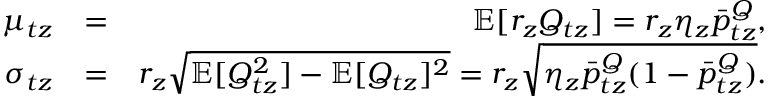
\begin{array} { r l r } { \mu _ { t z } } & { = } & { \mathbb { E } [ r _ { z } Q _ { t z } ] = r _ { z } \eta _ { z } \bar { p } _ { t z } ^ { Q } , } \\ { \sigma _ { t z } } & { = } & { r _ { z } \sqrt { \mathbb { E } [ Q _ { t z } ^ { 2 } ] - \mathbb { E } [ Q _ { t z } ] ^ { 2 } } = r _ { z } \sqrt { \eta _ { z } \bar { p } _ { t z } ^ { Q } ( 1 - \bar { p } _ { t z } ^ { Q } ) } . } \end{array}